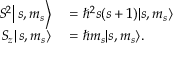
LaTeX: \begin{array} { r l } { \left. \left. S ^ { 2 } \right| s , m _ { s } \right\rangle } & { { } = \hbar ^ { 2 } s ( s + 1 ) | s , m _ { s } \rangle } \\ { \left. \left. S _ { z } \right| s , m _ { s } \right\rangle } & { { } = \hbar m _ { s } | s , m _ { s } \rangle . } \end{array}